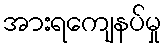
အားရကျေနပ်မှု